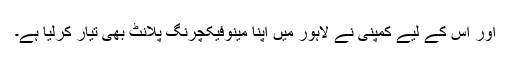
اور اس کے لیے کمپنی نے لاہور میں اپنا مینوفیکچرنگ پلانٹ بھی تیار کرلیا ہے۔